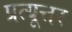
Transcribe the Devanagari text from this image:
प्रत्यूत्तर